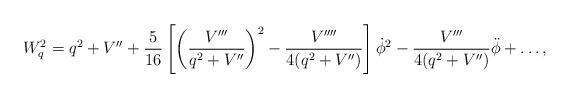
LaTeX: \begin{align*}W^2_q= q^2 + V''+ {5\over 16}\left[\left({V'''\over q^2+V''}\right )^2-{V''''\over 4(q^2+V'')}\right ]\dot\phi^2-{V'''\over 4(q^2+V'')}\ddot \phi + \ldots ,\end{align*}